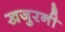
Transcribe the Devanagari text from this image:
खजुरनी